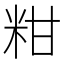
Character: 粓